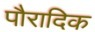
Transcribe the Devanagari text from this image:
पौरादिक